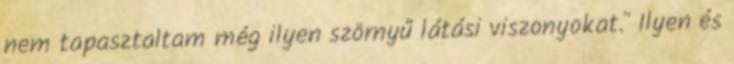
nem tapasztaltam még ilyen szörnyű látási viszonyokat." Ilyen és